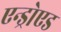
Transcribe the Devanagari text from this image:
एन्ड्रोएड